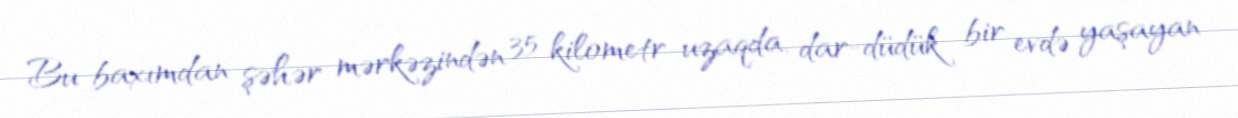
Bu baxımdan şəhər mərkəzindən 35 kilometr uzaqda, dar-düdük bir evdə yaşayan